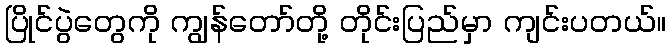
ပြိုင်ပွဲတွေကို ကျွန်တော်တို့ တိုင်းပြည်မှာ ကျင်းပတယ်။